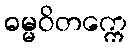
ဓမ္မဝိတက္ကေ